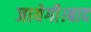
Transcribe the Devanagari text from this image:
जायेगी।बाद